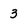
Character: 3